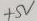
Text: +5V